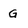
Character: G